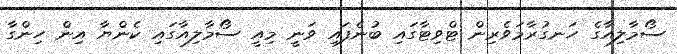
ސޯމާލިއާގެ ހަނގުރާމަވެރިން ޓްވިޓާގައި ބުނެފައި ވަނީ މިއީ ސޯމާލިއާގައި ކެންޔާ އިން ހިންގާ